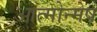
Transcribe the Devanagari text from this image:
आत्मोन्मेष